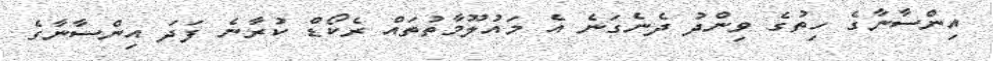
އިންސާނާގެ ހިތުގެ ވިންދު ދެނެގަނެ އެ މައުލޫމާތުތައް ރެކޯޑް ކުރާނެ ފަދަ އިންސާނާގެ